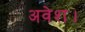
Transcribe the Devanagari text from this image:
अवेश।